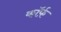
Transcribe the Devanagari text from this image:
कॉर्फ़